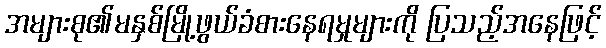
အများစု၏မနှစ်မြို့ဖွယ်ခံစားနေရမှုများကို ပြသည့်အနေဖြင့်